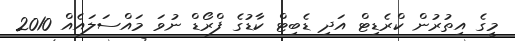
މީގެ އިތުރުން ކްރެޑިޓް އަދި ޑެބިޓް ކާޑުގެ ފްރޯޑް ނުވަ މައްސަލައެއް 2010